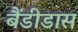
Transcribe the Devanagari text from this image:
बैंडीडास